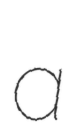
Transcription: a